Janeda_(Ambla)_vallavalitsus, lk 42
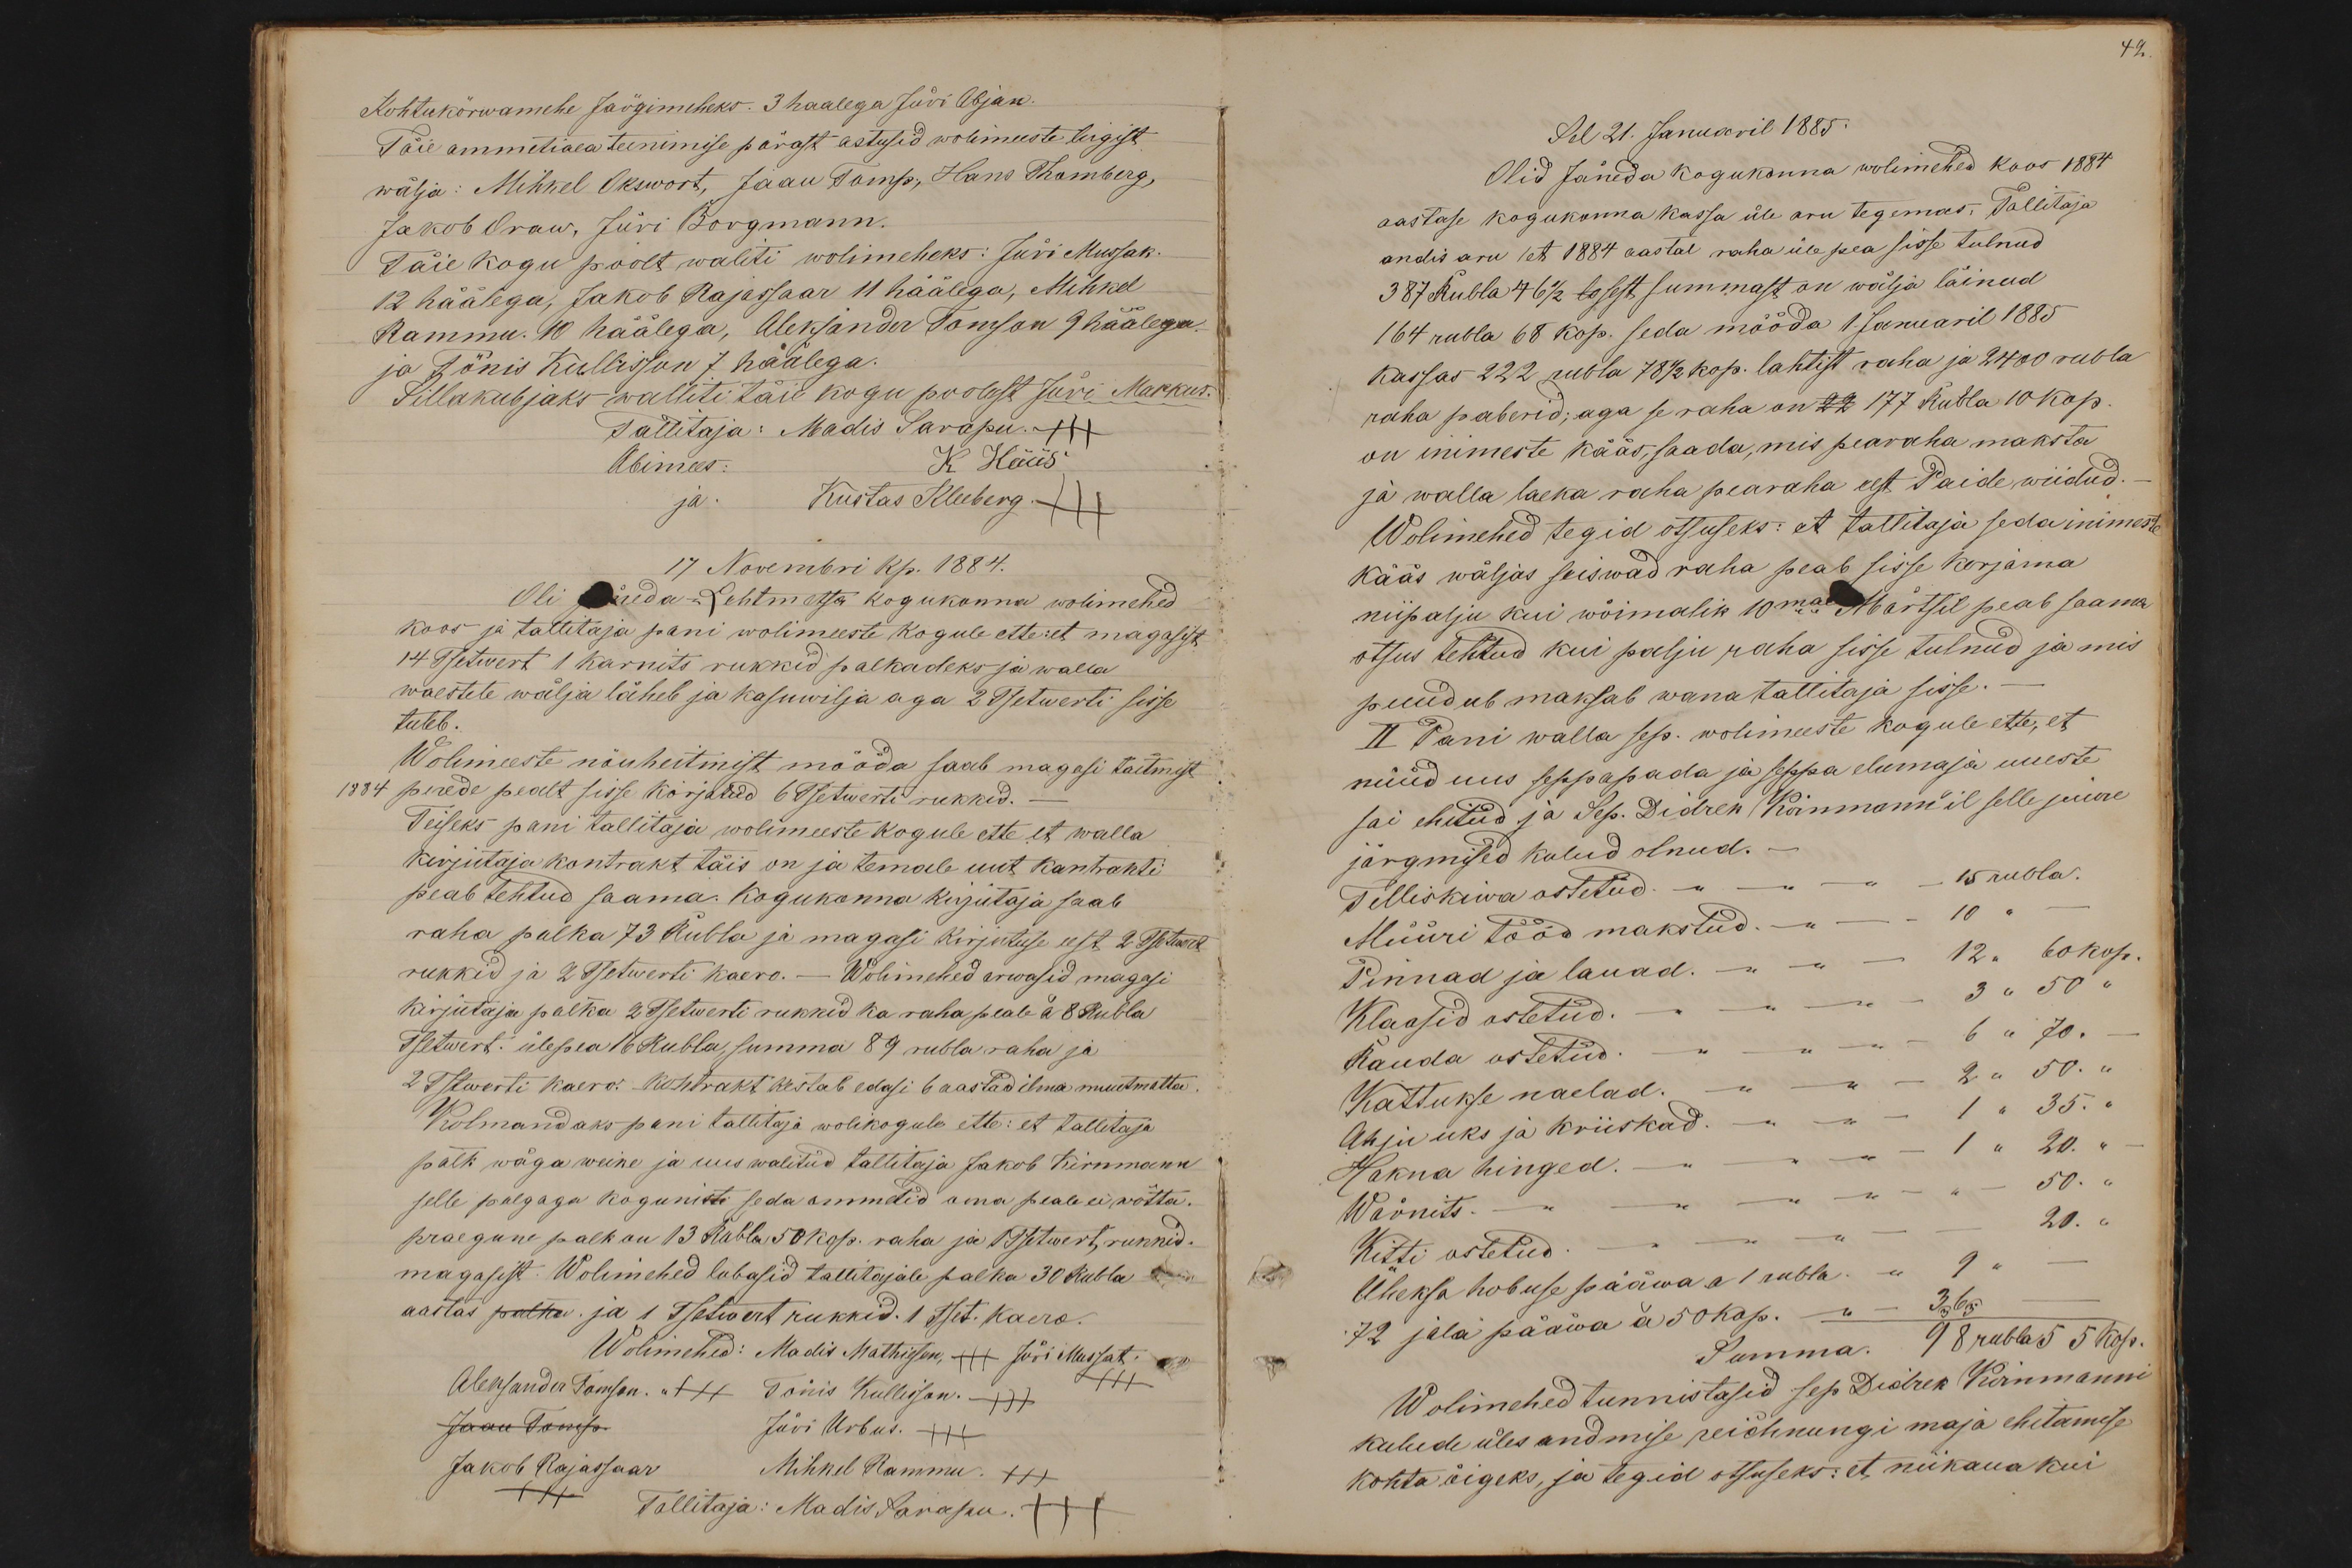
Kohtukõrwamehe Järgimeheks: 3 haalega Jüri Abjan.
Täie ammetiaea teenimise pärast astusid wolimeeste liigist
wälja: Mihkel Okswort, Jaan Tomp, Hans Thomberg,
Jakob Oraw, Jüri Borgmann.
Täie kogu poolt waliti wolimeheks: Jüri Mussak.
12 häälega, Jakob Rajassaar 11 häälaga, Mihkel
Rammu. 10 häälega, Aleksander Tomson 9 häälega.
ja Tõnis Kullisson 7 häälega.
Sillakubjaks walliti täie kogu poolest Jüri Markus.
Tallitaja: Madis Sarapu. +++
Abimees: K. Hüüs
ja. Kustas Kleeberg .+++
17 Nowembri kp. 1884.
Oli Jäneda-Lehtmetsa kogukonna wolimehed
koos ja tallitaja pani wolimeeste kogule ette: et magasist
14 Tsetwert 1 karnits rukkid palkadeks ja walla
waestele wälja läheb ja kasuwilja aga 2 Tsetwerti sisse
tuleb.
Wolimeeste nõuheitmist mööda saab magasi täitmist
1884 perede pealt sisse korjatud 6 Tsetwerti rukkid. -
Teiseks pani tallitaja wolimeeste kogule ette et walla
kirjutaja kontrakt täis on ja temale uut kantrahti
peab tehtud saama. Kogukonna kirjutaja saab
raha palka 73 Rubla ja magasi kirjutuse eest 2 Tsetwert
rukkid ja 2 Tsetwerti kaero. - Wolimehed arwasid magasi
kirjutaja palka 2 Tsetwerti rukkid ka raha peab à 8 Rubla
Tsetwert. ülepea 16 Rubla, summa 89 rubla raha ja
2 Tstwerti kaero. Kohtrakt kestab edasi 6 aastad ilma muutmatta.
Kolmandaks pani tallitaja wolikogule ette: et tallitaja
palk wäga weike ja uus walitud tallitaja Jakob Kirnmann
selle palgaga kogunisti seda ammetid oma peale ei wõtta.
praegune palk on 13 Rubla 50 kop. raha ja 1Tsetwert, rukkid.
magasist. Wolimehed lubasid tallitajale palka 30 Rubla
aastas palka. ja 1 Tsetwert rukkid. 1 Tset. aero.
Wolimehed: Madis Mathiesen, +++ Jüri Mussat.
Aleksander Tomson. +++ Tõnis Kullisson +++
+++
Jaan Tomp.
Jüri Urbus. +++
Jakob Rajassaar
Mihkel Rammu XXX
+++
Tallitaja: Madis Sarapu. +++

42.
Sel 21. Januaril 1885.
Olid Jäneda kogukonna wolimehed koos 1884
aastase kogukonna kassa üle aru tegemas. Tallitaja
andis aru /et 1884 aastal raha üle pea sisse tulnud
387 Rubla 46 1/2 lo sest summast on wälja läinud
164 rubla 68 kop. seda mööda 1. Januaril 1885
kassas 222 rubla 78 1/2 kop. lahtist raha ja 2400 rubla
raha paberid; aga se raha on 22 177 Rubla 10 kop.
on inimeste kääs, saada, mis pearaha maksta
ja walla laeka raha pearaha eest Paide wiidud.
Wolimehed tegid otsuseks: et tallitaja seda inimeste
kääs wäljas seiswad raha peab sisse korjama
niipalju kui wõimalik 10mal Märtsil peab saama
otsus tehtud kui palju raha sisse tulnud ja mis
puudub maksab wana tallitaja sisse. -
II Pani walla sep. wolimeeste kogule ette, et
nüüd uus seppapada ja seppa elumaja uueste
sai ehitud ja Sep. Didrek Kirnmann'il selle juure
järgmised kulud olnud. -
Telliskiwa ostetud - " - 15 rubla.
Müüri tööd makstud. - " - 10 " -
Pinnad ja lauad. - " - 12 " 60 kop.
Klaasid ostetud. - " - 3 " 50 "
Rauda ostetud - " - 6 " 70.-
Kattukse naelad. - " -2 " 50. "
Ahju uks ja kriiskad. - " - 1 " 35. "
Hakna hinged. - " - 1 " 20. "
Wärnits. - " - 50. "
Kitti ostetud; - " - 20. "
Üheksa hobuse pääwa a 1 rubla. -" 9 " -
72 jala pääwa á 50 kop. - " - 3,65 -
Summa. 98 rubla 5 5 kop.
Wolimehed tunnistasid sep Didrek Kirnmanni
kulude üles andmise reichnungi maja ehitamise
kohta õigeks, ja tegid otsuseks: et niikaua kui